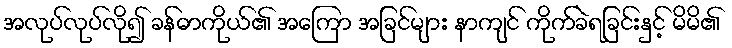
အလုပ်လုပ်လို၍ ခန်ဓာကိုယ်၏ အကြော အခြင်များ နာကျင် ကိုက်ခဲရခြင်းနှင့် မိမိ၏